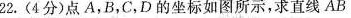
22.(4分)点A，B，C，D的坐标如图所示，求直线AB